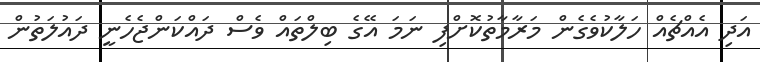
އަދި އެއްޗެއް ހަލާކުވެގެން މަރާމާތުކޮށްފި ނަމަ އޭގެ ބިލްތައް ވެސް ދައްކަންޖެހެނީ ދައުލަތުން